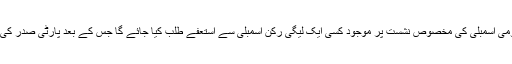
ذرائع کا مزید کہنا ہے کہ کلثوم نواز کو منتخب کروانے کے لیے قومی اسمبلی کی مخصوص نشست پر موجود کسی ایک لیگی رکن اسمبلی سے استعفے طلب کیا جائے گا جس کے بعد پارٹی صدر کی سفارش پر کلثوم نواز کی اسمبلی رکنیت کا نوٹی فکیشن جاری ہوگا۔